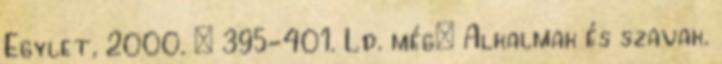
Egylet, 2000. – 395-401. Ld. még: Alkalmak és szavak.